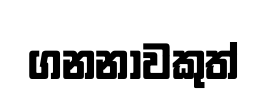
ගනනාවකුත්